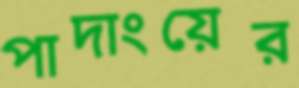
পাদাংয়ের